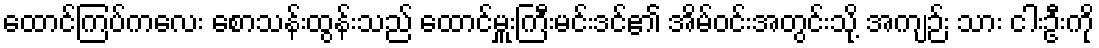
ထောင်ကြပ်ကလေး စောသန်းထွန်းသည် ထောင်မှူးကြီးမင်းဒင်၏ အိမ်ဝင်းအတွင်းသို့ အကျဉ်း သား ငါးဦးကို